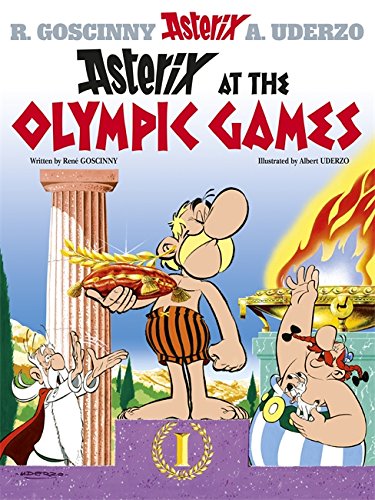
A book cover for Asterix at the Olympic Games: Album #12 (Asterix (Orion Paperback)); Rene Goscinny; Sports & Outdoors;